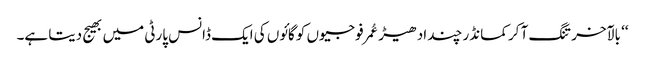
‘‘ بالآخر تنگ آ کر کمانڈر چند ادھیڑ عُمرفوجیوں کو گائوں کی ایک ڈانس پارٹی میں بھیج دیتا ہے۔